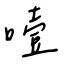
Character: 噎